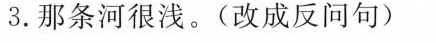
3.那条河很浅。(改成反问句)